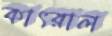
কাৎরাল